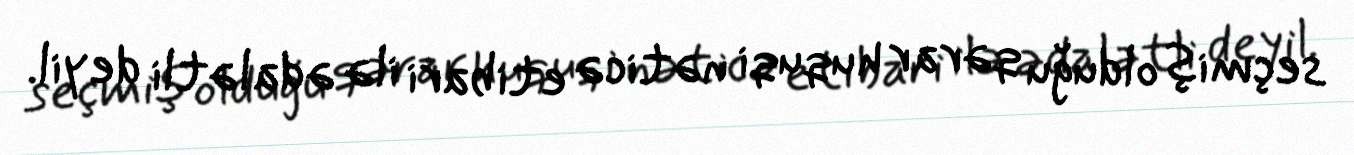
seçmiş olduğu qərar huquqi nəticə etibari ilə ədalətli deyil.